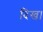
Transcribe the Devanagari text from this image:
दिख।